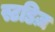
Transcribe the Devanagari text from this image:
स्टडिज़